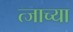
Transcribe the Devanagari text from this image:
त्जाच्या